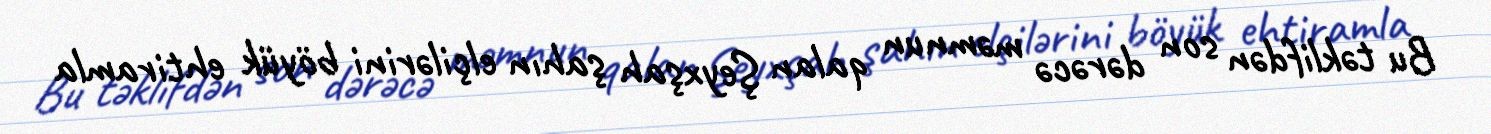
Bu təklifdən son dərəcə məmnun qalan Şeyxşah şahın elçilərini böyük ehtiramla